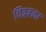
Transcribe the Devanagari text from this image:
चित्रबन्ध